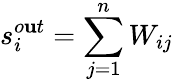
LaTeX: s_{i}^{o\mathbf{u}t}=\sum_{j=1}^{n}W_{ij}